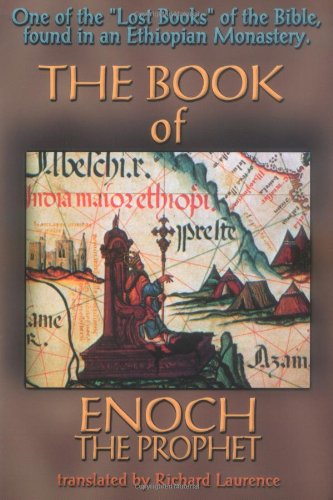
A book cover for The Book of Enoch the Prophet; Christian Books & Bibles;